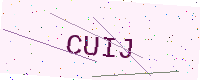
Text: CUIJ